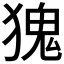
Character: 𪻆